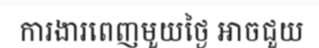
ការងារពេញមួយថ្ងៃ អាចជួយ